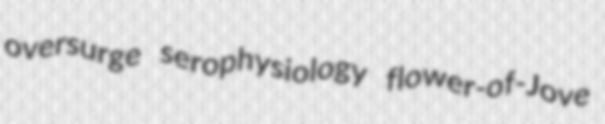
oversurge serophysiology flower-of-Jove